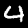
Digit: 4